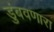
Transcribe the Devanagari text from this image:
डुंबवणारा